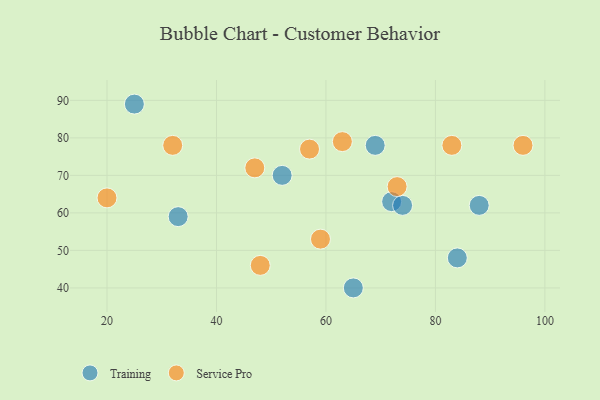
{"axis": {"x": "GDP", "y": "Life Expectancy"}, "legend": ["Service Pro", "Training"], "data": [{"x": "84", "y": 48, "type": "Training"}, {"x": "88", "y": 62, "type": "Training"}, {"x": "33", "y": 59, "type": "Training"}, {"x": "72", "y": 63, "type": "Training"}, {"x": "25", "y": 89, "type": "Training"}, {"x": "65", "y": 40, "type": "Training"}, {"x": "69", "y": 78, "type": "Training"}, {"x": "52", "y": 70, "type": "Training"}, {"x": "74", "y": 62, "type": "Training"}, {"x": "83", "y": 78, "type": "Service Pro"}, {"x": "20", "y": 64, "type": "Service Pro"}, {"x": "73", "y": 67, "type": "Service Pro"}, {"x": "47", "y": 72, "type": "Service Pro"}, {"x": "57", "y": 77, "type": "Service Pro"}, {"x": "96", "y": 78, "type": "Service Pro"}, {"x": "32", "y": 78, "type": "Service Pro"}, {"x": "59", "y": 53, "type": "Service Pro"}, {"x": "48", "y": 46, "type": "Service Pro"}, {"x": "63", "y": 79, "type": "Service Pro"}]}